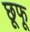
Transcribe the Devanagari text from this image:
छूफू